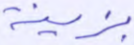
بزينة